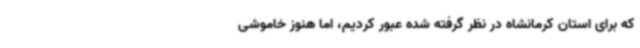
که برای استان کرمانشاه در نظر گرفته شده عبور کردیم، اما هنوز خاموشی